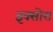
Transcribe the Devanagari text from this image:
इक्सोरा